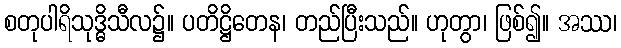
စတုပါရိသုဒ္ဓိသီလ၌။ ပတိဋ္ဌိတေန၊ တည်ပြီးသည်။ ဟုတွာ၊ ဖြစ်၍။ အဿ၊